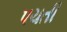
પચતી